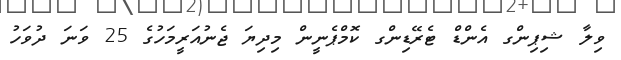
ވިލާ ޝިޕިންގ އެންޑް ޓެރޭޑިންގ ކޮމްޕެނީން މިދިޔަ ޖެނުއަރީމަހުގެ 25 ވަނަ ދުވަހު